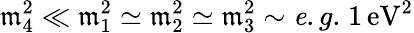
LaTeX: \mathfrak{m}_{4}^{2}\ll\mathfrak{m}_{1}^{2}\simeq\mathfrak{m}_{2}^{2}\simeq\mathfrak{m}_{3}^{2}\sim{\mathit{e}.g.}\; 1\, \mathrm{{eV}}^{2}